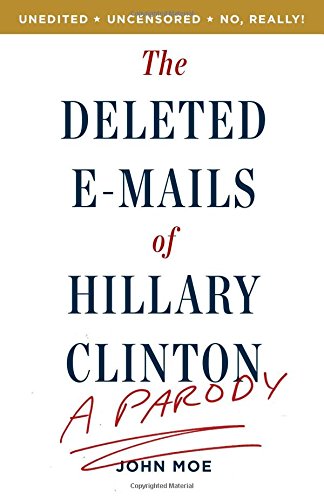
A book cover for The Deleted E-Mails of Hillary Clinton: A Parody; John Moe; Humor & Entertainment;